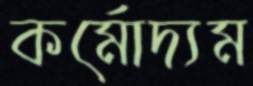
কর্মোদ্যম